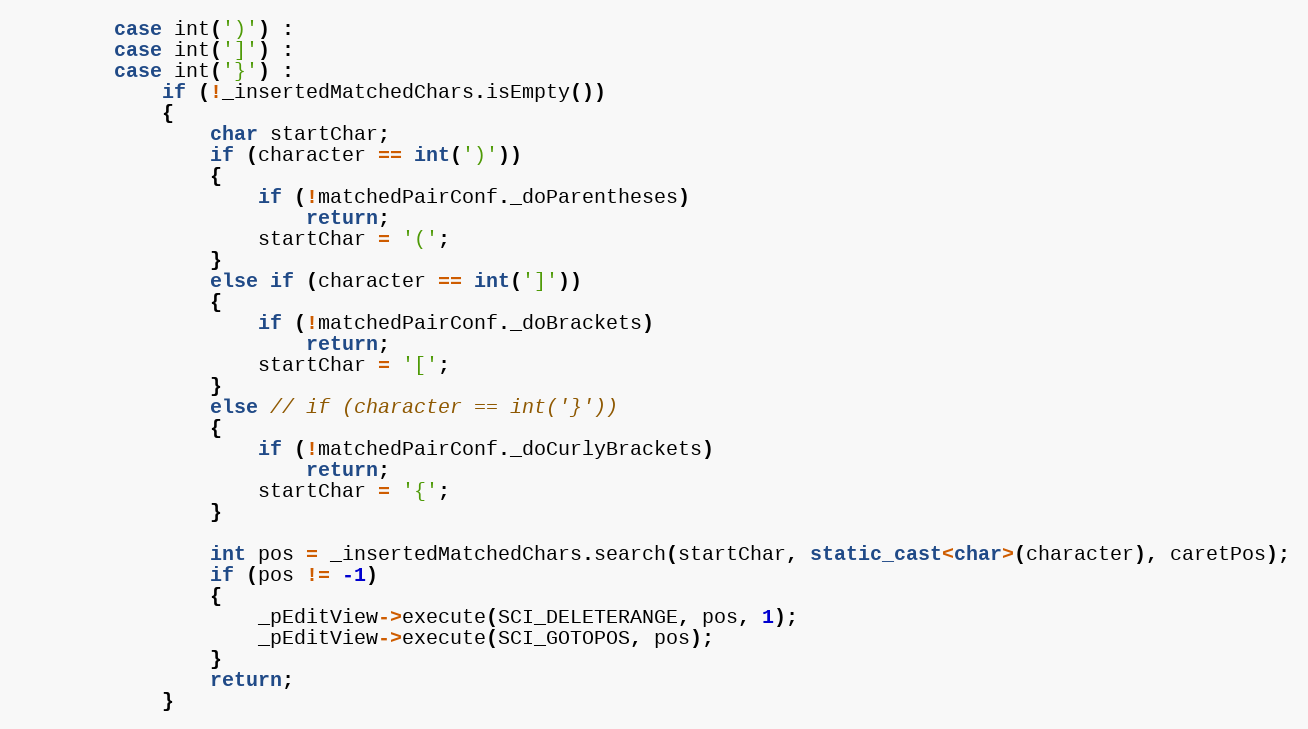
Language: C++
		case int(')') :
		case int(']') :
		case int('}') :
			if (!_insertedMatchedChars.isEmpty())
			{
				char startChar;
				if (character == int(')'))
				{
					if (!matchedPairConf._doParentheses)
						return;
					startChar = '(';
				}
				else if (character == int(']'))
				{
					if (!matchedPairConf._doBrackets)
						return;
					startChar = '[';
				}
				else // if (character == int('}'))
				{
					if (!matchedPairConf._doCurlyBrackets)
						return;
					startChar = '{';
				}

				int pos = _insertedMatchedChars.search(startChar, static_cast<char>(character), caretPos);
				if (pos != -1)
				{
					_pEditView->execute(SCI_DELETERANGE, pos, 1);
					_pEditView->execute(SCI_GOTOPOS, pos);
				}
				return;
			}